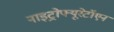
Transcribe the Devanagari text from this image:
नाइट्रोफ्यूरेटॉएन